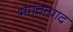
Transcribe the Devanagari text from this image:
भगवत्पाद